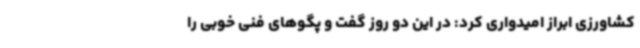
کشاورزی ابراز امیدواری کرد: در این دو روز گفت و پگوهای فنی خوبی را